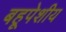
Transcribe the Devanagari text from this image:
बहूपेशीय